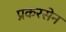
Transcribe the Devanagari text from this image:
प्रकरसेन